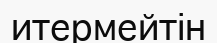
итермейтін